Tartu_kinnistusamet, lk 38
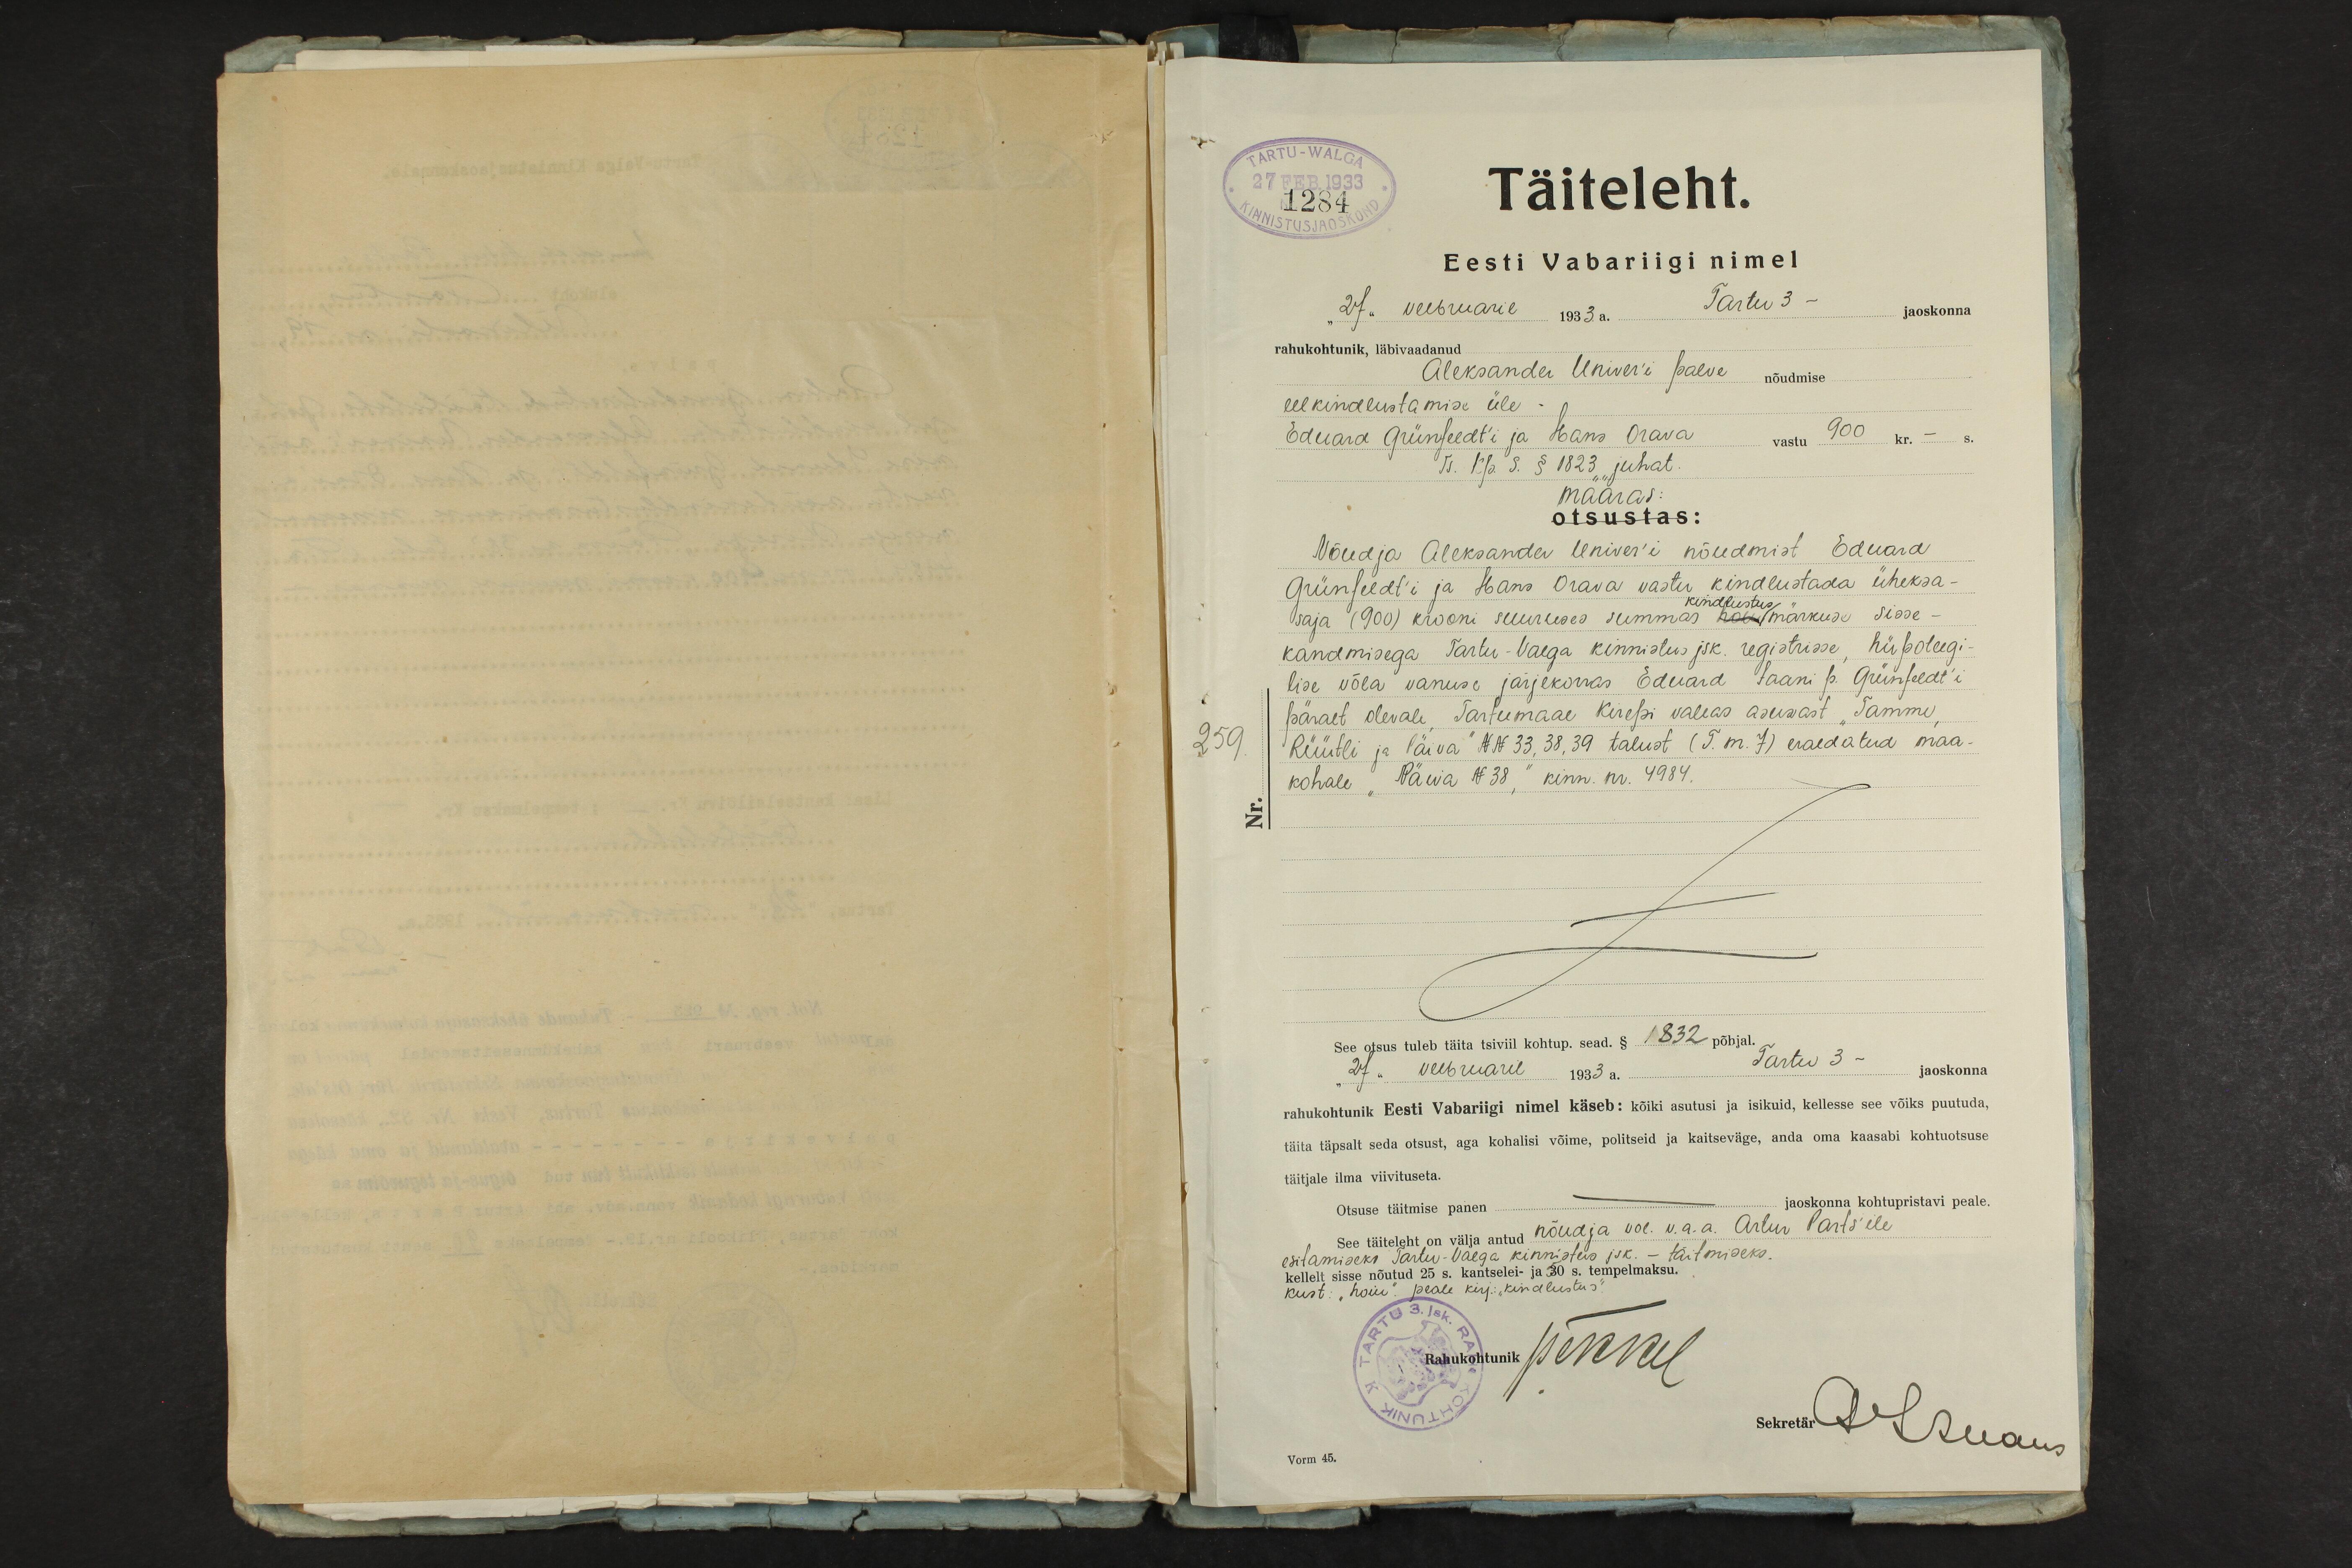
TARTU-WALGA
27 FEB.1933
1284
Täiteleht.
Eesti Vabariigi nimel
"27" veebruaril 1933.a. Tartu 3 - jaoskonna
rahukohtunik, läbivaadanud
Aleksander Univer'i palve nõudmise
eelkindlustamise üle -
Eduard Günfeldt´i ja Hans Orava 900 kr. - s.
TS. kp. S. § 1823 juhat.
määras:
otsustas:
Nõudja Aleksander Univer'i nõudmist Eduard
Grünfeldt'i ja Hans Orava vastu kindlustada üheksa-
kindlustus
saja (900) krooni suuruses summas märkuse sisse-
kandmisega Tartu-Valga kinnistus jsk. registrisse hüpoteegi-
lise võla vanuse järjekorras Eduard Jaani p. Grünfeldt'i
259
päralt olevale Tartumaa Kirepi vallas asuwast Tamme
Rüütli ja Päiva" NoNo 33, 38, 39 talust (T. m. 7) eraldatud maa-
kohale "Päeva No 38," kinn. nr. 4984.
Nr.
See otsus tuleb täita tsiviil kohtup. sead. § 1832 põhjal.
27. veebruaril 1933.a. Tartu 3 - jaoskonna
rahukohtunik Eesti Vabariigi nimel käseb: kõiki asutusi ja isikuid, kellesse see võiks puutuda,
täita täpsalt seda otsust, aga kohalisi võime, politseid ja kaitseväge, anda oma kaasabi kohtuotsuse
täitjale ilma viivituseta.
Otsuse täitmise panen jaoskonna kohtupristavi peale.
See täiteleht on välja antud nõudja vol. v.a. a. Artur Parts'ile
kellelt sisse nõutud 25 s. kantselei ja 30 s. tempelmaksu - täitmiseks
esitamiseks Tartu-Väega kinnistus jsk. - täitmiseks
kust: "hoiu". peale kirj: "kindlustus"
Rahukohtunik JMinul
Sekretär ALKuaus
Vorm 45.